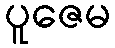
ပူဇေမ